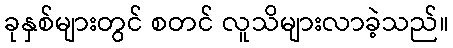
ခုနှစ်များတွင် စတင် လူသိများလာခဲ့သည်။